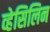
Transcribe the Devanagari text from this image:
व्हेसिलिन